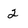
Character: 2